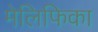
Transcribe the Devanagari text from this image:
मेलिफिका